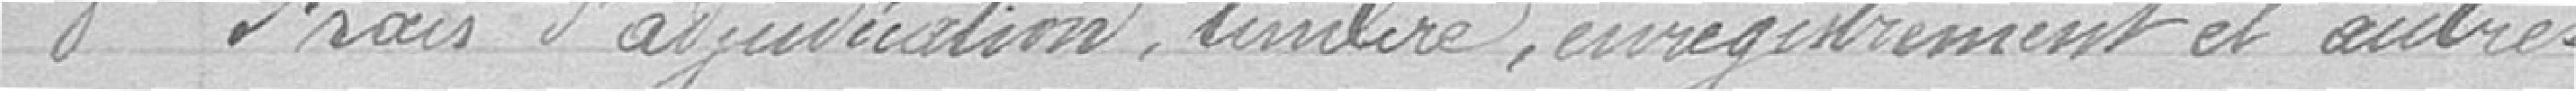
8 frais d'adjudication , timbre, enregistrement et autres